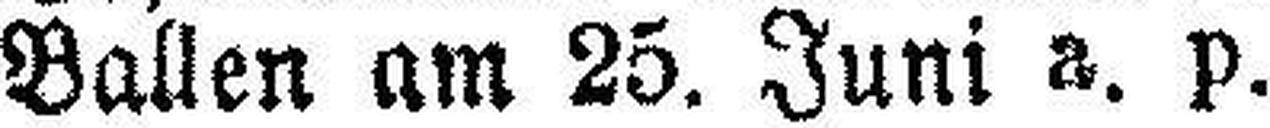
Ballen am 25. Juni a. p.